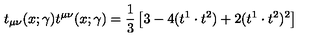
t _ { \mu \nu } ( x ; \gamma ) t ^ { \mu \nu } ( x ; \gamma ) = { \frac { 1 } { 3 } } \left[ 3 - 4 ( t ^ { 1 } \cdot t ^ { 2 } ) + 2 ( t ^ { 1 } \cdot t ^ { 2 } ) ^ { 2 } \right]